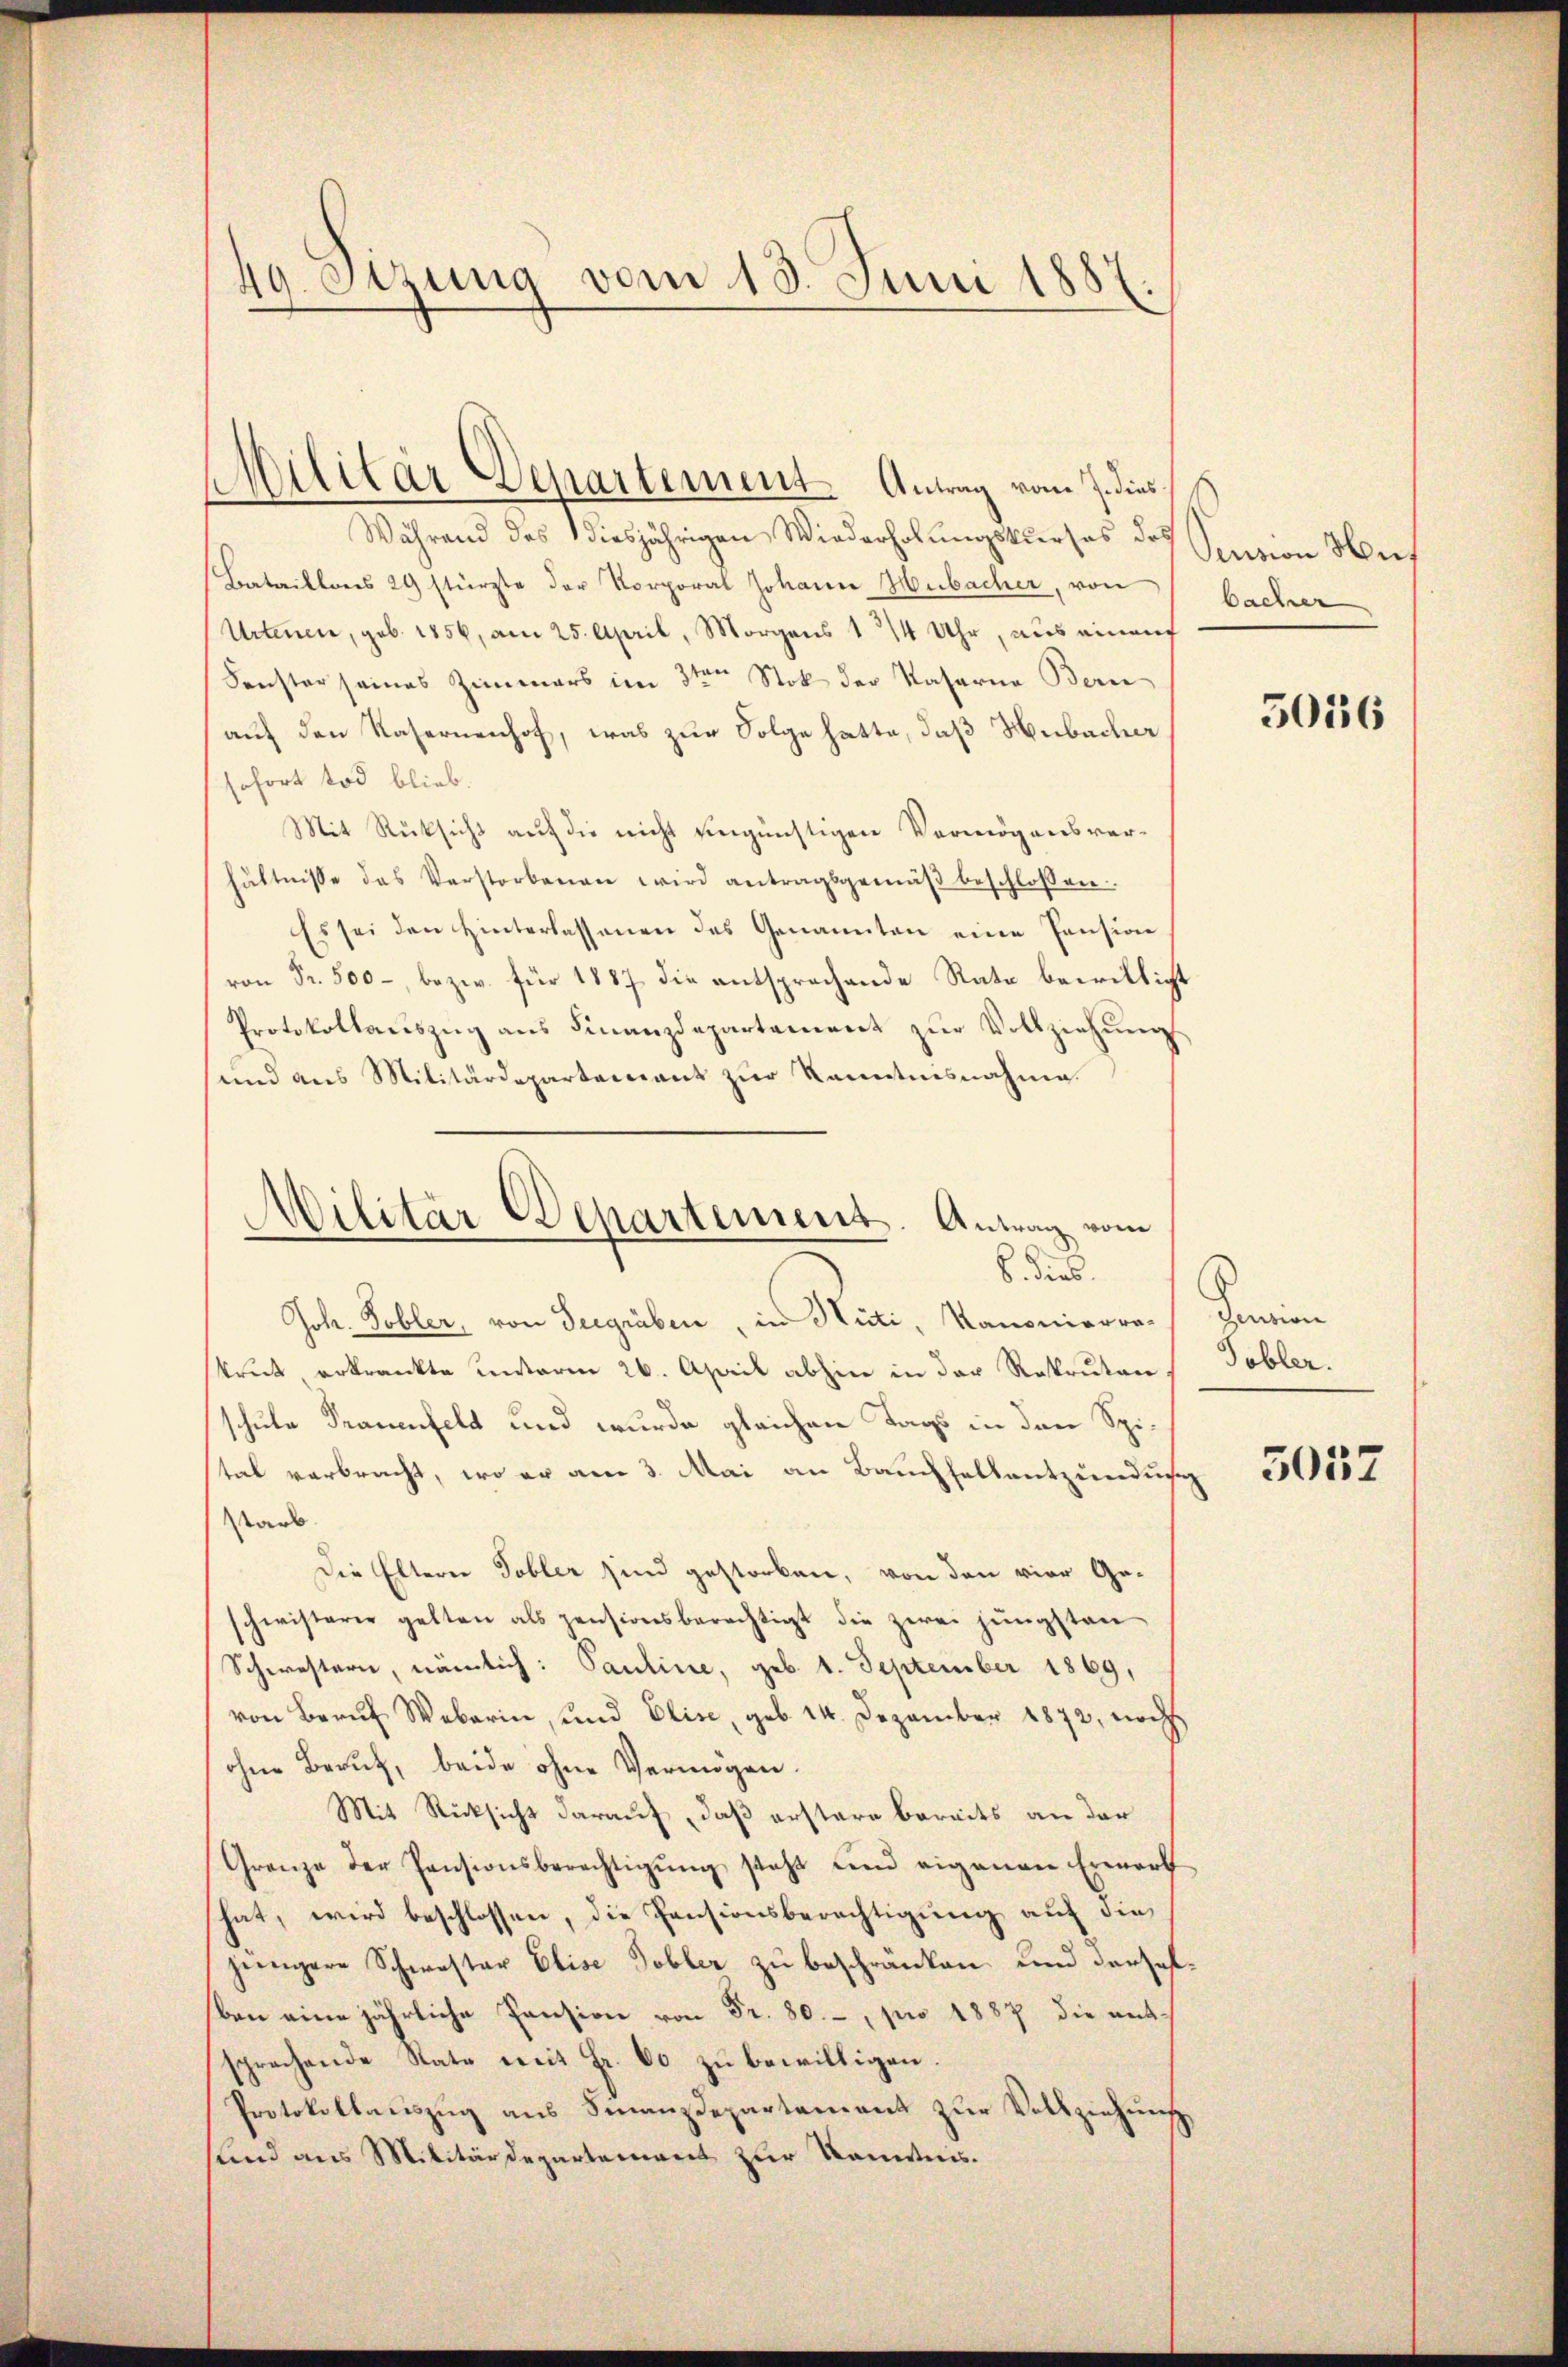
49. Setzung vom 13. Juni 1887

Während des 1 diesjährigen Wiederholungskurses des
Bataillons 24 stürzte der Korporal Johann Hubacher, von
Urtenen, geb. 1856, am 25. April, Morgens 1/4 Uhr, aus einem
Fenster seines Zimmers im 3te͇n Stok der Kaserne Bern
auf den Kasernenhof, was zur Folge hatte, daß Mubacher
sofort tod blieb.
Mit Rücksicht auf die nicht eingünstigen Vermögensverhältnisse das Verstorbenen wird antragsgemäβ beschlossen.
Es sei den hinterlassenen des Genannten eine Pension
von Fr. 500, bezw. für 1887 die entsprachende Rate bewilligt
Protokollauszug aus Finanzdepartement zur Vollziehung
und aus Militärdepartement zur Kenntnisnahme.
Joh. Tobler, von Seegräben, in Hüti, Kanonierra-
krut erkrankte unterm 26. April abhin in der Rekruten Tobler.
schule Trauenfeld und wurde gleichen Tags in den Spital verbracht, wo er am 3. Mai an Bauchhaltentzündung
starb.
Die Eltern Tobler sind gestorben, von den vier Geschwisterie gelten als pensionsberechtigt die zwei jüngsten
Schwestern, nämlich: Pauline, geb. 1. September 1869,
von Beruf Weberin, und Elise, geb. 14. Dezember 1872, noch
ohne Beruf, beide ohne Vermögen.
Mit Rücksicht darauf, daß erstere bereits an der
Grenze der Pensionsberechtigŭng steht und eigenen Erwart
hat, wird beschlossen, die Pensionsberechtigung auf die
jüngere Schwester Elise Tobler zu beschränken und derselben eine jährliche Pension von Fr. 80.-, pro 1887 die entsprechende Rate mit Fr. 60 zŭ bewilligen.
Protokollauszug aus Finanzdepartement zur Vollziehung,
sund aus Militärdepartement zur Kenntnis¬

Militär Departement. Antrag vom 7. dies

Militär Departement. Antrag vom
b. dies

Pension Hus
bacher

5016

Praien

5057